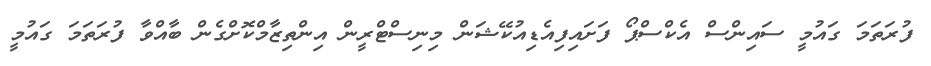
ފުރަތަމަ ގައުމީ ސައިންސް އެކްސްޕޯ ފަށައިފިއެޑިއުކޭޝަން މިނިސްޓްރީން އިންތިޒާމްކޮށްގެން ބާއްވާ ފުރަތަމަ ގައުމީ